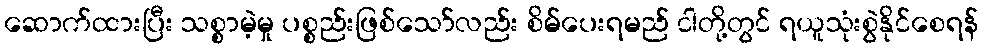
ဆောက်ထားပြီး သစ္စာမဲ့မှု ပစ္စည်းဖြစ်သော်လည်း စိမ်ပေးရမည် ငါတို့တွင် ရယူသုံးစွဲနိုင်စေရန်